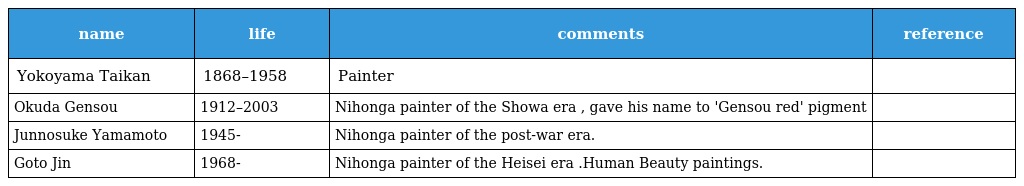
| name | life | comments | reference |
 | --- | --- | --- | --- |
 | Yokoyama Taikan | 1868–1958 | Painter |  |
 | Okuda Gensou | 1912–2003 | Nihonga painter of the Showa era , gave his name to 'Gensou red' pigment |  |
 | Junnosuke Yamamoto | 1945- | Nihonga painter of the post-war era. |  |
 | Goto Jin | 1968- | Nihonga painter of the Heisei era .Human Beauty paintings. |  |